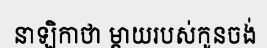
នាឡិកាថា ម្តាយរបស់កូនចង់